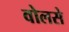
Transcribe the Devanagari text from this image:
वोलसे